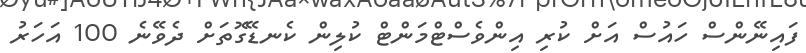
ފައިނޭންސް ހައުސް އަށް ކުރި އިންވެސްޓްމަންޓް ކުލިން ކެނޑޭގޮތަށް ދެވޭނެ 100 އަހަރު